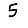
Digit: 5